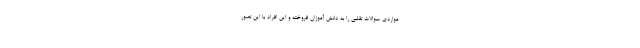
مواردی سوالات تقلبی را به دانش آموزان فروخته و این افراد با این تصور